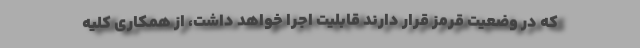
که در وضعیت قرمز قرار دارند قابلیت اجرا خواهد داشت، از همکاری کلیه